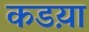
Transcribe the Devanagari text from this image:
कडय़ा